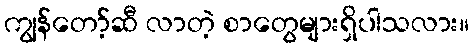
ကျွန်တော့်ဆီ လာတဲ့ စာတွေများရှိပါသလား။